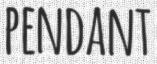
PENDANT